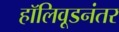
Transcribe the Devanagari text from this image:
हॉलिवूडनंतर